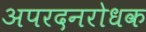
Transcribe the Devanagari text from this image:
अपरदनरोधक